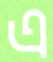
এ